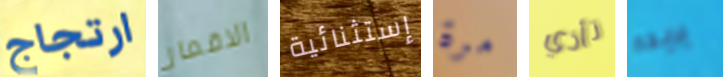
ارتجاج الاقمار إستثنائية مرة تأذي يريده